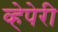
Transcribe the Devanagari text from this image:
व्हेपेरी